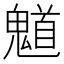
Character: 𮫤